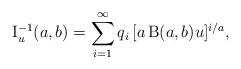
LaTeX: \begin{align*}\operatorname{I}^{-1}_{u}(a,b)=\sum_{i=1}^{\infty}q_i\,[a\operatorname{B}(a,b) u]^{i/a},\end{align*}